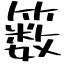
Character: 䉤